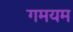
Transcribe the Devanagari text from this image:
गमयम